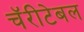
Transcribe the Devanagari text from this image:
चॅरीटेबल